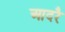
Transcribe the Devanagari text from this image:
आदरै